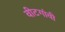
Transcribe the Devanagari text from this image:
वीटगांवी